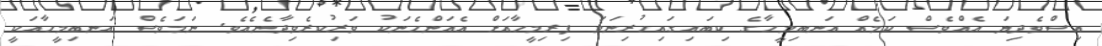
އިސްވެދިޔަ އެއްވެސް ކަމެއް އަނބިމީހާގެ ކިބައިގައިހުރިނަމަ ފިރިމީހާއަށް އެއަންހެނަކު ވަރިކުރެވިދާނެއެވެ. ނަމަވެސް އަނބިމީހާއަކީ